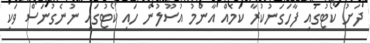
ދަށު ކޯޓުގައި ފާހަގަނުކުރާ ކަމެއް އާންމު އުސޫލުން ހައި ކޯޓުގައި ނުނެގުނަސް ވަކި